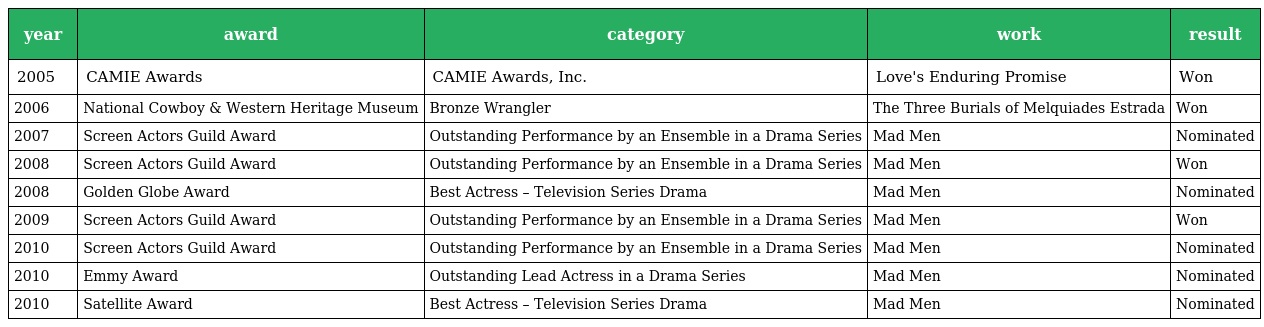
| year | award | category | work | result |
 | --- | --- | --- | --- | --- |
 | 2005 | CAMIE Awards | CAMIE Awards, Inc. | Love's Enduring Promise | Won |
 | 2006 | National Cowboy & Western Heritage Museum | Bronze Wrangler | The Three Burials of Melquiades Estrada | Won |
 | 2007 | Screen Actors Guild Award | Outstanding Performance by an Ensemble in a Drama Series | Mad Men | Nominated |
 | 2008 | Screen Actors Guild Award | Outstanding Performance by an Ensemble in a Drama Series | Mad Men | Won |
 | 2008 | Golden Globe Award | Best Actress – Television Series Drama | Mad Men | Nominated |
 | 2009 | Screen Actors Guild Award | Outstanding Performance by an Ensemble in a Drama Series | Mad Men | Won |
 | 2010 | Screen Actors Guild Award | Outstanding Performance by an Ensemble in a Drama Series | Mad Men | Nominated |
 | 2010 | Emmy Award | Outstanding Lead Actress in a Drama Series | Mad Men | Nominated |
 | 2010 | Satellite Award | Best Actress – Television Series Drama | Mad Men | Nominated |